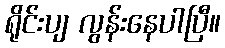
ရိုင်းပျ လွန်းနေပါပြီ။